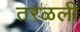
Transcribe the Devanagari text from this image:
तरळली